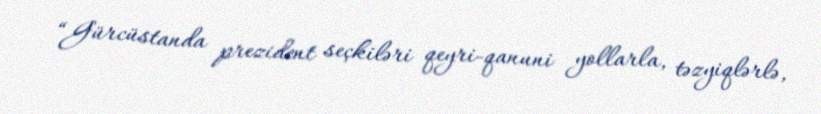
“Gürcüstanda prezident seçkiləri qeyri-qanuni yollarla, təzyiqlərlə,